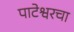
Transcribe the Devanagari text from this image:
पाटेश्वरचा